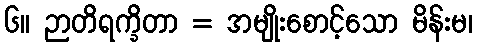
၆။ ဉာတိရက္ခိတာ = အမျိုးစောင့်သော မိန်းမ၊